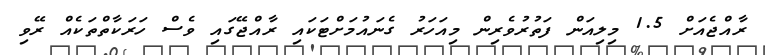
ރާއްޖެއަށް 1.5 މިލިއަން ފަތުރުވެރިން މިއަހަރު ގެނައުމަށްޓަކައި ރާއްޖޭގައި ވެސް ހަރަކާތްތަކެއް ރޭވި